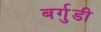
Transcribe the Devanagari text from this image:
बर्गुडी